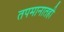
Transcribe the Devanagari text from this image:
तपमानातही